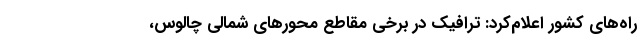
راه‌های کشور اعلام‌کرد: ترافیک در برخی مقاطع محورهای شمالی چالوس،